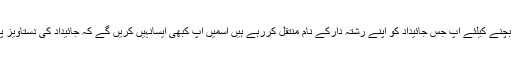
قانونی پھندے سے بچنے کیلئے آپ جس جائیداد کو اپنے رشتہ دارکے نام منتقل کررہے ہیں اسمیں آپ کبھی ایسانہیں کریں گے کہ جائیداد کی دستاویز پر اپنانام لکھیں گے۔